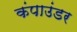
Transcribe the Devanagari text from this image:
कंपाउंडर